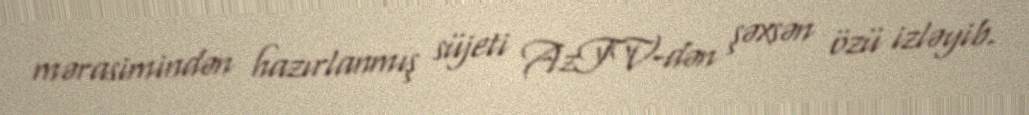
mərasimindən hazırlanmış süjeti AzTV-dən şəxsən özü izləyib.